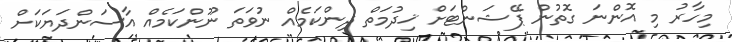
މިހާރު މި އޮންނަ ގޮތުން ޕޭޝަންޓަށް ޚިދުމަތް ދިންކަމެއް ނުވަތަ ނޫންކަމެއް އާސަންދަޔަކަށް